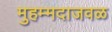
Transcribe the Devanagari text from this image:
मुहम्मदाजवळ